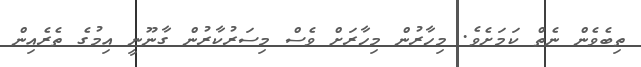
ތިބެވެން ނެތް ކަމަށެވެ. މިހާރުން މިހާރަށް ވެސް މިސަރުކާރުން ގާނޫނީ އިމުގެ ތެރެއިން